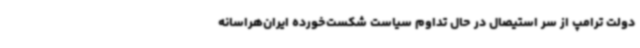
دولت ترامپ از سر استیصال در حال تداوم سیاست شکست‌خورده ایران‌هراسانه